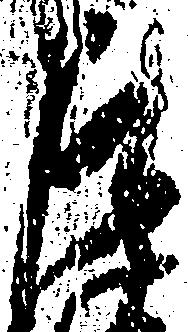
左